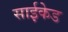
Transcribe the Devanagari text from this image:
साईकेड